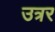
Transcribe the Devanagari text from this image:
उत्रर